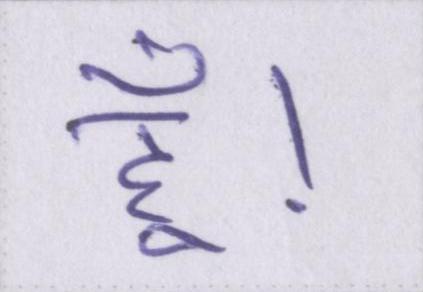
हूँ।